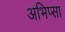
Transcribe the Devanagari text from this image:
अभिप्सा